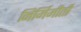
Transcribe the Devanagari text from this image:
निर्मिमीती